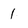
Character: 1